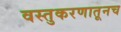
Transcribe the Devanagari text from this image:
वस्तुकरणातूनच